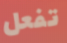
تفعل